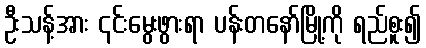
ဦးသန့်အား ၎င်းမွေးဖွားရာ ပန်းတနော်မြို့ကို ရည်စူး၍